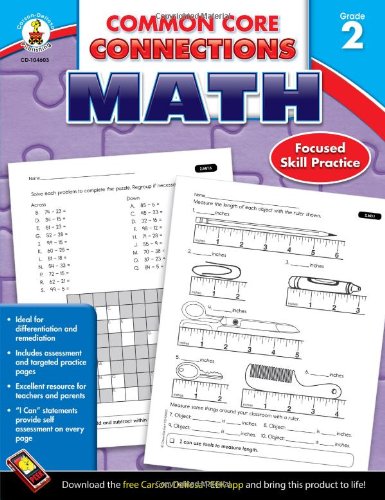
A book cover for Common Core Connections Math, Grade 2; Education & Teaching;